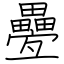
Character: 疉